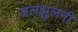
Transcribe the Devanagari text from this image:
जलझुलनी